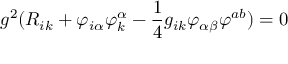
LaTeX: g ^ { 2 } ( R _ { i k } + \varphi _ { i \alpha } \varphi _ { k } ^ { \alpha } - { \frac { 1 } { 4 } } g _ { i k } \varphi _ { \alpha \beta } \varphi ^ { a b } ) = 0